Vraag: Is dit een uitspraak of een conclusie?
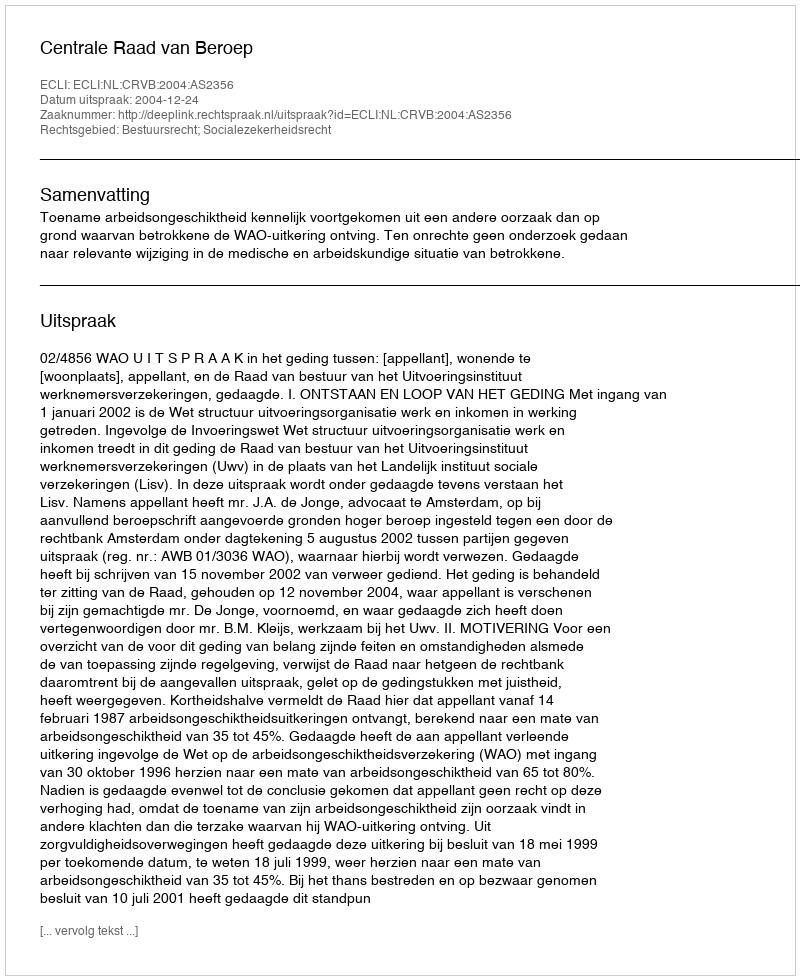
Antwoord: Uitspraak